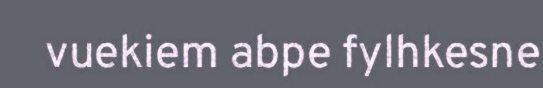
vuekiem abpe fylhkesne